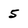
Character: 5